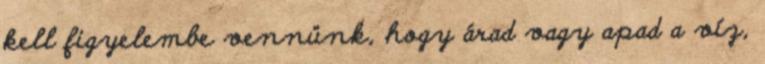
kell figyelembe vennünk, hogy árad vagy apad a víz,